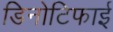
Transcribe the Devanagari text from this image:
डिनोटिफाई